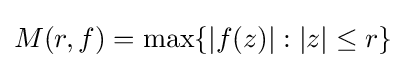
M(r,f)=\max\{|f(z)|:|z|\leq r\}